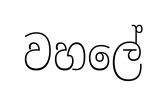
වහලේ